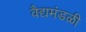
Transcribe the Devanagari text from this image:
वैद्यमंडळी